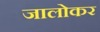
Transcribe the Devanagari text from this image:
जालोकर